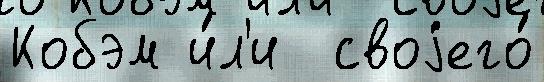
Кобэм и́л'и  своjего́